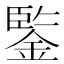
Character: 鍳